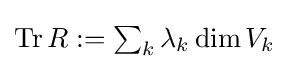
{\textstyle \operatorname {Tr} R:=\sum _{k}\lambda _{k}\dim V_{k}}